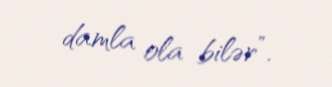
damla ola bilər”.